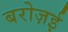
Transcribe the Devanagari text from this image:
बरोज़ई